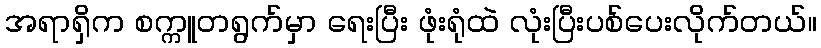
အရာရှိက စက္ကူတရွက်မှာ ရေးပြီး ဖုံးရုံထဲ လုံးပြီးပစ်ပေးလိုက်တယ်။